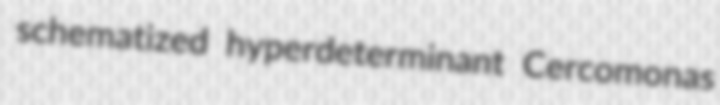
schematized hyperdeterminant Cercomonas